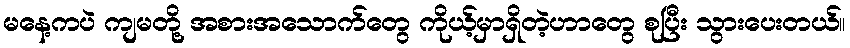
မနေ့ကပဲ ကျမတို့ အစားအသောက်တွေ ကိုယ့်မှာရှိတဲ့ဟာတွေ စုပြီး သွားပေးတယ်။